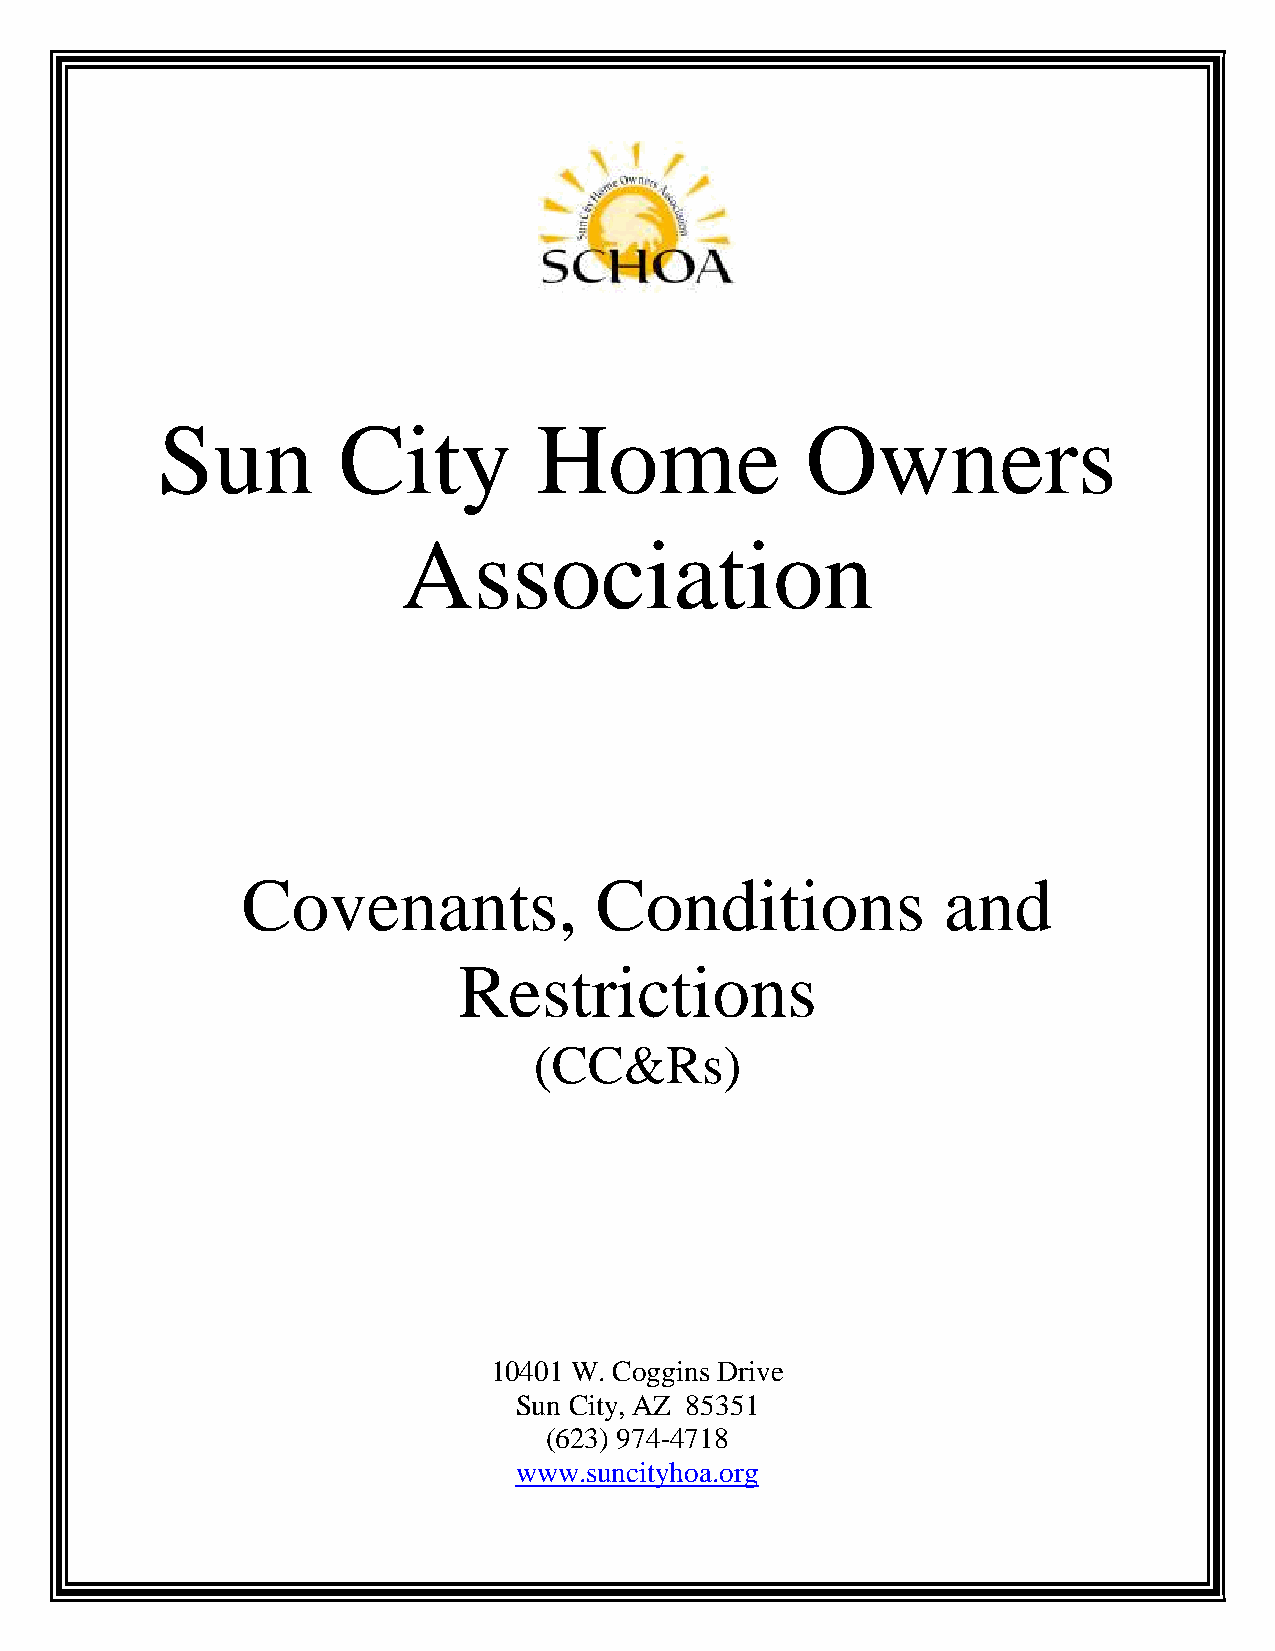
Sun         City          Home             Owners
 Association
 Covenants,             Conditions             and
 Restrictions
 (CC&Rs)
 10401 W. Coggins Drive
 Sun City, AZ 85351
 (623) 974-4718
 www.suncityhoa.org